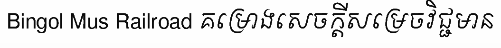
Bingol Mus Railroad គម្រោងសេចក្តីសម្រេចវិជ្ជមាន